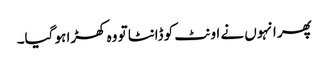
پھر انہوں نے اونٹ کو ڈانٹا تو وہ کھڑا ہو گیا۔